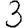
Digit: 3